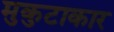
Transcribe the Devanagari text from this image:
मुकुटाकार